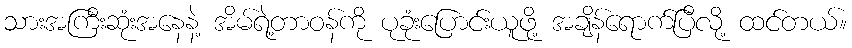
သားအကြီးဆုံးအနေနဲ့ အိမ်ရဲ့တာဝန်ကို ပုခုံးပြောင်းယူဖို့ အချိန်ရောက်ပြီလို့ ထင်တယ်။